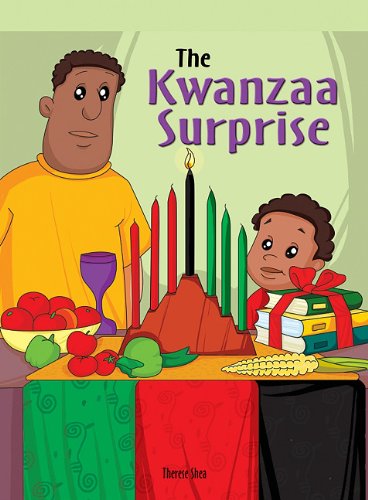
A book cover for The Kwanzaa Surprise; Therese Shea; Children's Books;